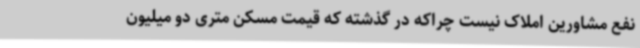
نفع مشاورین املاک نیست چراکه در گذشته که قیمت مسکن متری دو میلیون